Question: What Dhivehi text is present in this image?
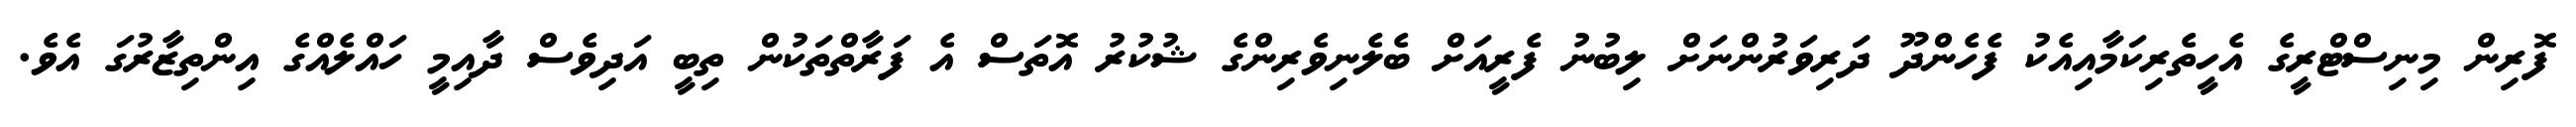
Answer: ފޮރިން މިނިސްޓްރީގެ އެހީތެރިކަމާއިއެކު ފެހެންދޫ ދަރިވަރުންނަށް ލިބުނު ފެރީއަށް ބެލެނިވެރިންގެ ޝުކުރު އޮތަސް އެ ފަރާތްތަކުން ތިބީ އަދިވެސް ދާއިމީ ހައްލެއްގެ އިންތިޒާރުގަ އެވެ.